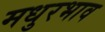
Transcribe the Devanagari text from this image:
मधुरभाव